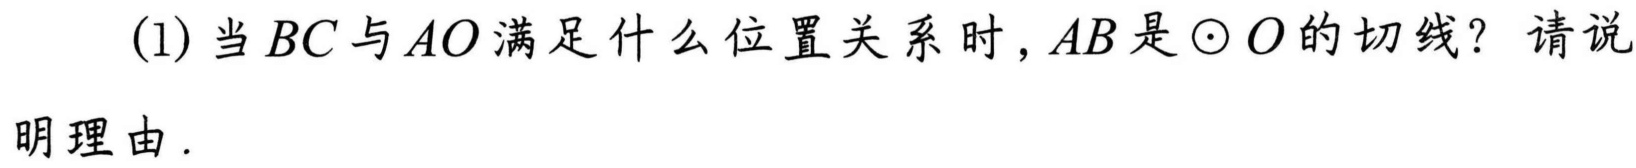
(1) 当\(BC\)与\(AO\)满足什么位置关系时，\(AB\)是\(\odot O\)的切线？请说明理由.